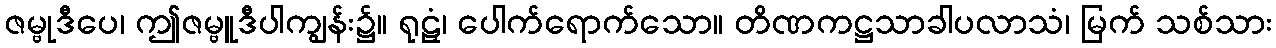
ဇမ္ဗုဒီပေ၊ ဤဇမ္ဗူဒီပါကျွန်း၌။ ရုဠှံ၊ ပေါက်ရောက်သော။ တိဏကဋ္ဌသာခါပလာသံ၊ မြက် သစ်သား